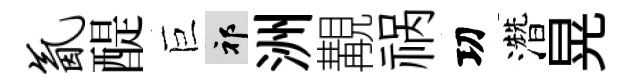
氤醍巨祁洲覯祸㓛濳晃